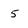
Character: 5